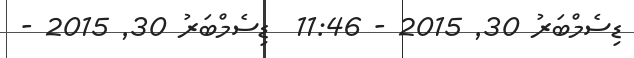
ޑިސެމްބަރު 30